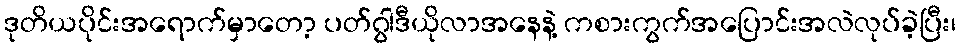
ဒုတိယပိုင်းအရောက်မှာတော့ ပတ်ဂွါဒီယိုလာအနေနဲ့ ကစားကွက်အပြောင်းအလဲလုပ်ခဲ့ပြီး၊